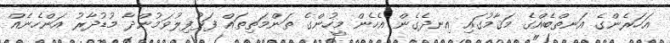
އަހަރެންގެ އަނތްބެއްގެ މަޤާމުގައި އިނދެގެން އެހެން މީހުންގެ ތަންމަތިތައް ފަޅުފިލުވަމުންދާ މުޑުދާރު އަންހެނެއް